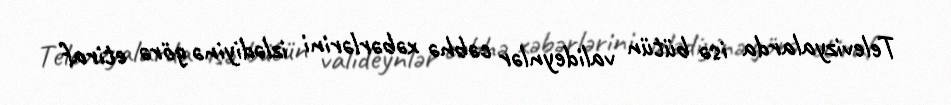
Televizyalarda isə bütün valideynlər cəbhə xəbərlərini izlədiyinə görə etiraf